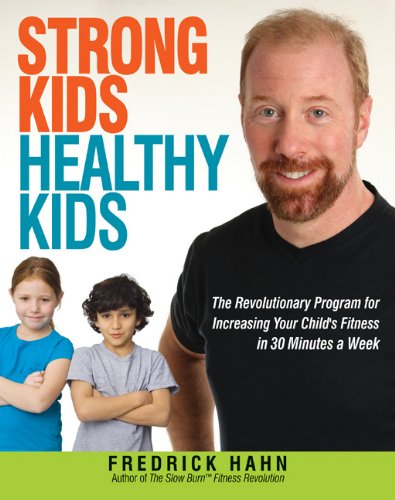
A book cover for Strong Kids, Healthy Kids: The Revolutionary Program for Increasing Your Child's Fitness in 30 Minutes a Week; Fredrick Hahn; Health, Fitness & Dieting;